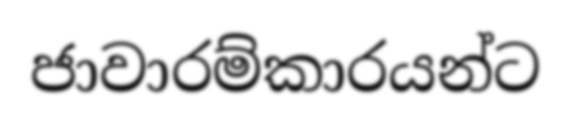
ජාවාරම්කාරයන්ට